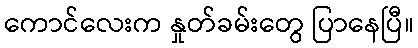
ကောင်လေးက နှုတ်ခမ်းတွေ ပြာနေပြီ။